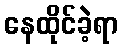
နေထိုင်ခဲ့ရာ